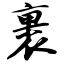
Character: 裹